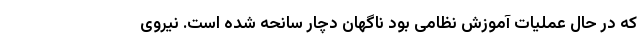
که در حال عملیات آموزش نظامی بود ناگهان دچار سانحه شده است. نیروی